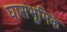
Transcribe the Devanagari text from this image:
घासभूमिके